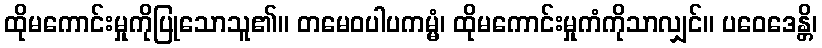
ထိုမကောင်းမှုကိုပြုသောသူ၏။ တမေဝပါပကမ္မံ၊ ထိုမကောင်းမှုကံကိုသာလျှင်။ ပဝေဒေန္တိ၊